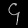
Digit: ၄